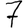
Digit: 7